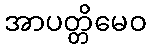
အာပတ္တိမေဝ